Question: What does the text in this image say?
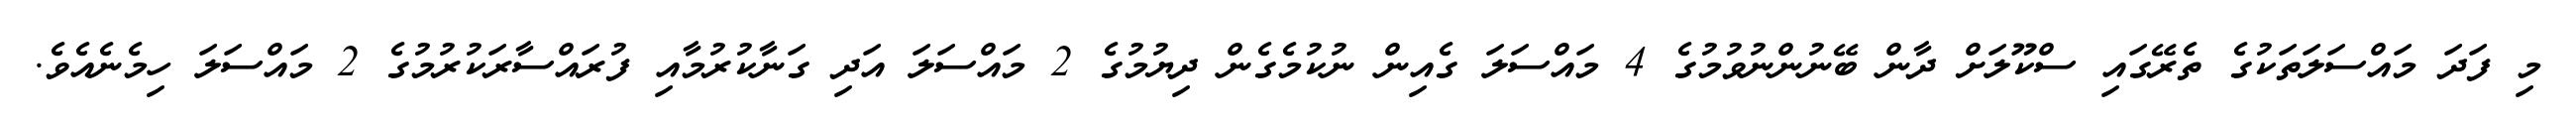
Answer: މި ފަދަ މައްސަލަތަކުގެ ތެރޭގައި ސްކޫލަށް ދާން ބޭނުންނުވުމުގެ 4 މައްސަލަ ގެއިން ނުކުމެގެން ދިޔުމުގެ 2 މައްސަލަ އަދި ގަނާކުރުމާއި ފުރައްސާރަކުރުމުގެ 2 މައްސަލަ ހިމެނެއެވެ.